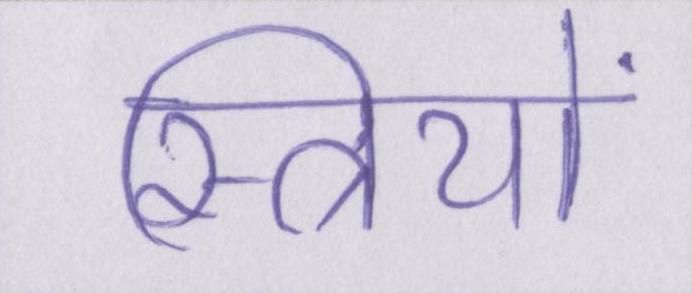
स्त्रियों